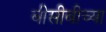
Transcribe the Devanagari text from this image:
बीसीबीच्या